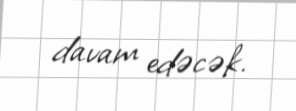
davam edəcək.